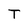
Character: T